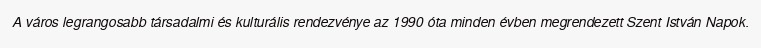
A város legrangosabb társadalmi és kulturális rendezvénye az 1990 óta minden évben megrendezett Szent István Napok.